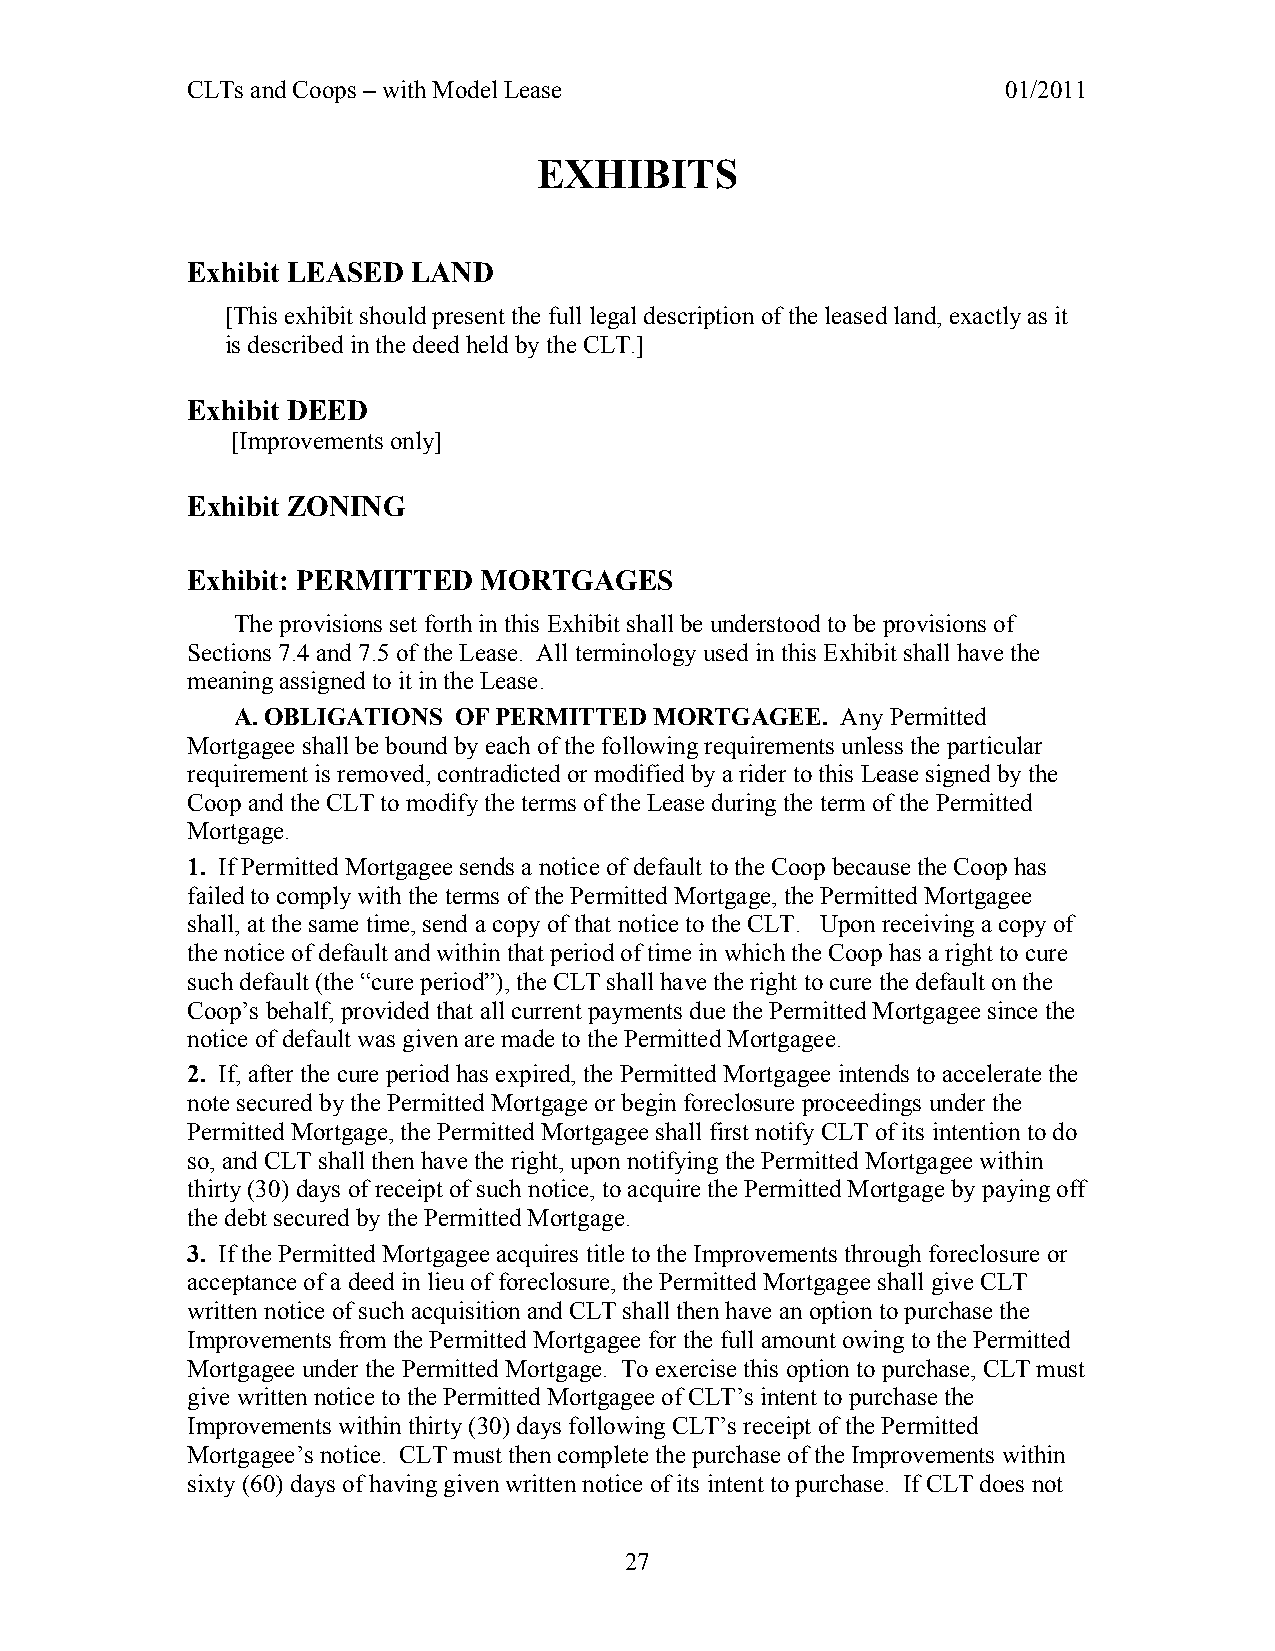
CLTs and Coops – with Model Lease                      01/2011
 EXHIBITS
 Exhibit LEASED LAND
 [This exhibit should present the full legal description of the leased land, exactly as it
 is described in the deed held by the CLT.]
 Exhibit DEED
 [Improvements only]
 Exhibit ZONING
 Exhibit: PERMITTED  MORTGAGES
 The provisions set forth in this Exhibit shall be understood to be provisions of
 Sections 7.4 and 7.5 of the Lease. All terminology used in this Exhibit shall have the
 meaning assigned to it in the Lease.
 A. OBLIGATIONS OF PERMITTED MORTGAGEE.  Any Permitted
 Mortgagee shall be bound by each of the following requirements unless the particular
 requirement is removed, contradicted or modified by a rider to this Lease signed by the
 Coop and the CLT to modify the terms of the Lease during the term of the Permitted
 Mortgage.
 1. If Permitted Mortgagee sends a notice of default to the Coop because the Coop has
 failed to comply with the terms of the Permitted Mortgage, the Permitted Mortgagee
 shall, at the same time, send a copy of that notice to the CLT. Upon receiving a copy of
 the notice of default and within that period of time in which the Coop has a right to cure
 such default (the “cure period”), the CLT shall have the right to cure the default on the
 Coop’s behalf, provided that all current payments due the Permitted Mortgagee since the
 notice of default was given are made to the Permitted Mortgagee.
 2. If, after the cure period has expired, the Permitted Mortgagee intends to accelerate the
 note secured by the Permitted Mortgage or begin foreclosure proceedings under the
 Permitted Mortgage, the Permitted Mortgagee shall first notify CLT of its intention to do
 so, and CLT shall then have the right, upon notifying the Permitted Mortgagee within
 thirty (30) days of receipt of such notice, to acquire the Permitted Mortgage by paying off
 the debt secured by the Permitted Mortgage.
 3. If the Permitted Mortgagee acquires title to the Improvements through foreclosure or
 acceptance of a deed in lieu of foreclosure, the Permitted Mortgagee shall give CLT
 written notice of such acquisition and CLT shall then have an option to purchase the
 Improvements from the Permitted Mortgagee for the full amount owing to the Permitted
 Mortgagee under the Permitted Mortgage. To exercise this option to purchase, CLT must
 give written notice to the Permitted Mortgagee of CLT’s intent to purchase the
 Improvements within thirty (30) days following CLT’s receipt of the Permitted
 Mortgagee’s notice. CLT must then complete the purchase of the Improvements within
 sixty (60) days of having given written notice of its intent to purchase. If CLT does not
 27